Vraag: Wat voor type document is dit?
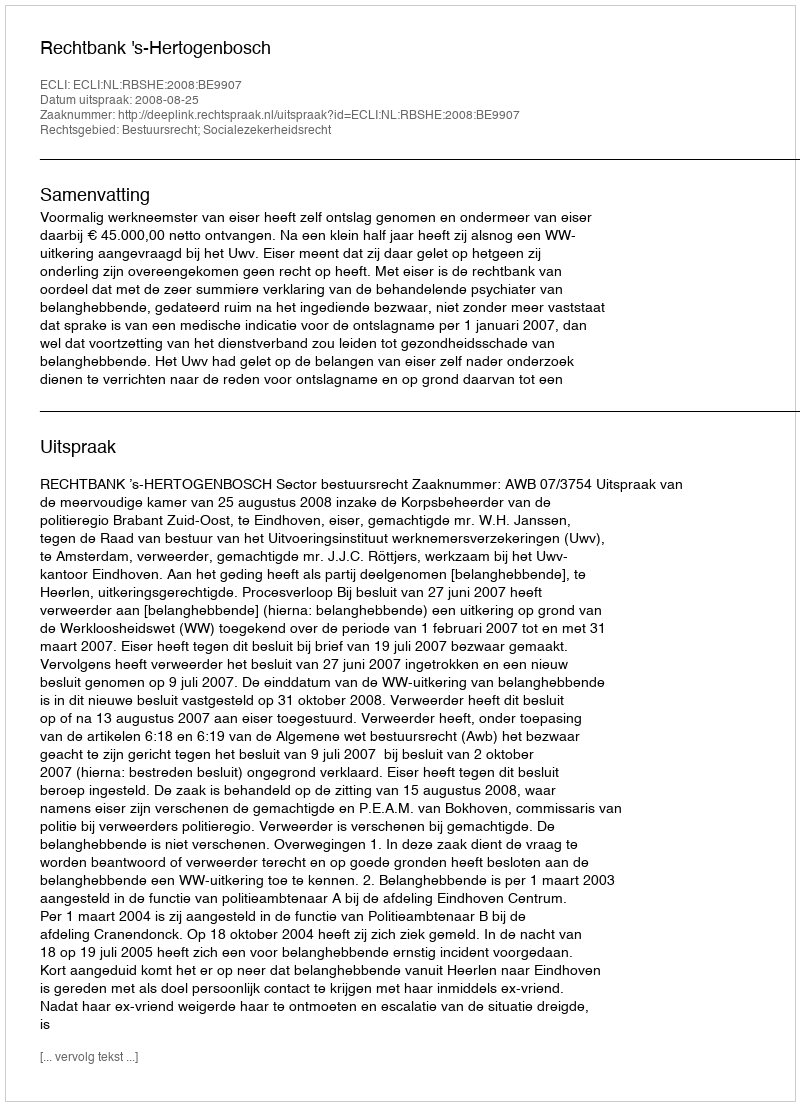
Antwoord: Uitspraak